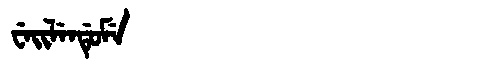
Manchu: ᠸᡝᡳᠯᡝᠨᡩᡠᠮᡝ
Romanization: WEILENDUME